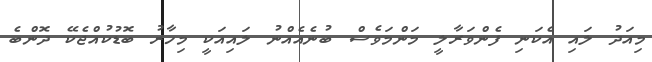
މިއަދު ލައި އެކަނި ފެންވަރާލީ މަންމަވެސް ބުނެއެއްނު ލައިއަކީ މިހާރު ބޮޑުކުއްޖެކޭ ދޮންބެ